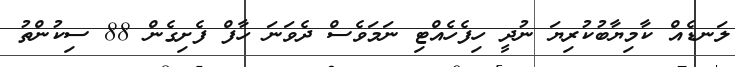
ލަނޑެއް ކާމިޔާބުކުރިޔަ ނުދީ ހިފެހެއްޓި ނަމަވެސް ދެވަނަ ހާފް ފެށިގެން 88 ސިކުންތު